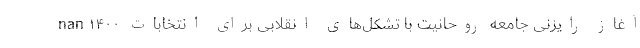
nan آغاز رایزنی جامعه روحانیت با تشکل‌های انقلابی برای انتخابات ۱۴۰۰